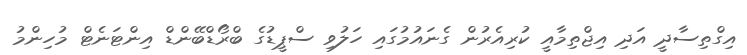
އިގްތިސާދީ އަދި އިޖްތިމާއީ ކުރިއެރުން ގެނައުމުގައި ހަލުވި ސްޕީޑުގެ ބްރޯޑްބޭންޑް އިންޓަނެޓް މުހިންމު